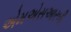
એમએસઆરબી